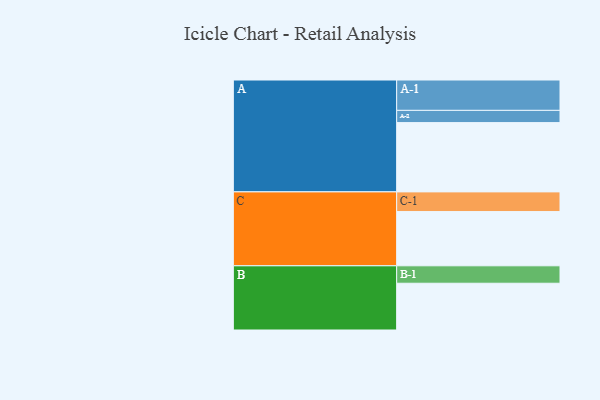
{"axis": {"x": "Segment", "y": "Value"}, "legend": ["", "A", "B", "C"], "data": [{"x": "A", "y": 520, "type": ""}, {"x": "B", "y": 351, "type": ""}, {"x": "C", "y": 407, "type": ""}, {"x": "A-1", "y": 228, "type": "A"}, {"x": "A-2", "y": 92, "type": "A"}, {"x": "B-1", "y": 131, "type": "B"}, {"x": "C-1", "y": 148, "type": "C"}]}